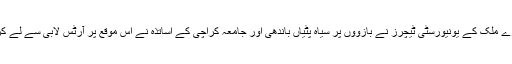
اس واقعے کے دوسرے روز ہی پورے ملک کے یونیورسٹی ٹیچرز نے بازوؤں پر سیاہ پٹیاں باندھی اور جامعہ کراچی کے اساتذہ نے اس موقع پر آرٹس لابی سے لے کر آئی آر ڈپارٹمنٹ تک واک بھی کی۔